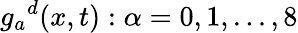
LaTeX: {g_{a}}^{d}(x,t):\alpha=0,1,...,8